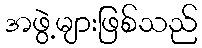
အဖွဲ့များဖြစ်သည်